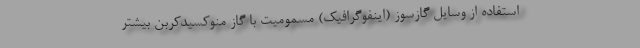
استفاده از وسایل گازسوز (اینفوگرافیک) مسمومیت با گاز منوکسیدکربن بیشتر